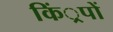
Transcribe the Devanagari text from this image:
किं्रपों